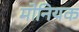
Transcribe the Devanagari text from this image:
मोनियक